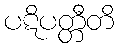
ပဋိပတ္တီတိ